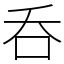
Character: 呑